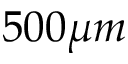
5 0 0 \mu m